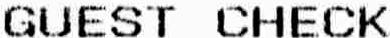
GUEST CHECK